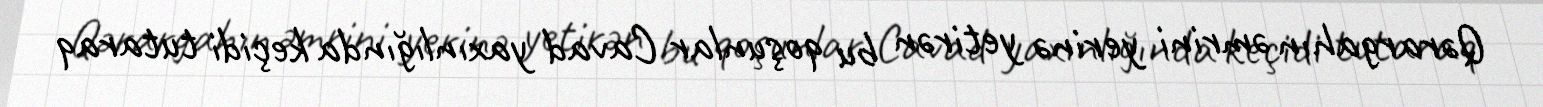
Qərargahın əmrini yerinə yetirən bu qoşunlar Cavad yaxınlığında keçidi tutaraq